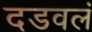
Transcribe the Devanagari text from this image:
दडवलं